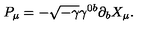
P _ { \mu } = - \sqrt { - \gamma } \gamma ^ { 0 b } \partial _ { b } X _ { \mu } .